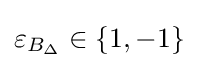
\varepsilon _{B_{\Delta }}\in \{1,-1\}